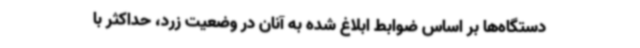
دستگاه‌ها بر اساس ضوابط ابلاغ شده به آنان در وضعیت زرد، حداکثر با